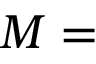
M =